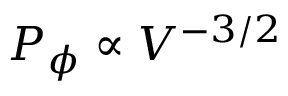
P _ { \phi } \propto V ^ { - 3 / 2 }